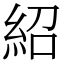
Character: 紹